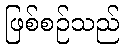
ဖြစ်စဉ်သည်